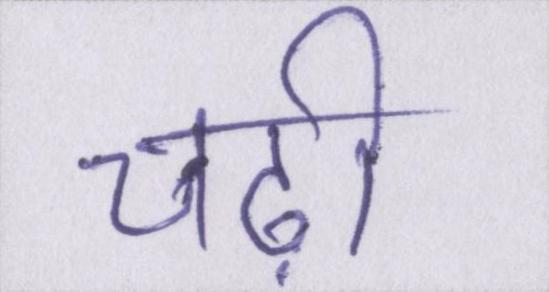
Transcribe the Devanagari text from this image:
चढ़ी